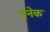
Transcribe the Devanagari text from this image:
एनेक